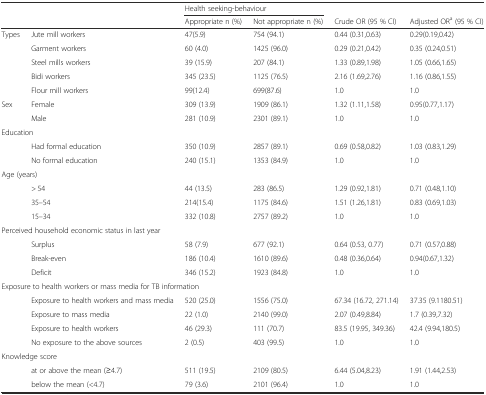
<table><thead><tr><td></td><td></td><td colspan="2"><b>Health seeking-behaviour</b></td><td></td><td></td></tr><tr><td></td><td></td><td><b>Appropriate n (%)</b></td><td><b>Not appropriate n (%)</b></td><td><b>Crude OR (95 % CI)</b></td><td><b>Adjusted OR<sup>a</sup> (95 % CI)</b></td></tr></thead><tbody><tr><td>Types</td><td>Jute mill workers</td><td>47(5.9)</td><td>754 (94.1)</td><td>0.44 (0.31,0.63)</td><td>0.29(0.19,0.42)</td></tr><tr><td></td><td>Garment workers</td><td>60 (4.0)</td><td>1425 (96.0)</td><td>0.29 (0.21,0.42)</td><td>0.35 (0.24,0.51)</td></tr><tr><td></td><td>Steel mills workers</td><td>39 (15.9)</td><td>207 (84.1)</td><td>1.33 (0.89,1.98)</td><td>1.05 (0.66,1.65)</td></tr><tr><td></td><td>Bidi workers</td><td>345 (23.5)</td><td>1125 (76.5)</td><td>2.16 (1.69,2.76)</td><td>1.16 (0.86,1.55)</td></tr><tr><td></td><td>Flour mill workers</td><td>99(12.4)</td><td>699(87.6)</td><td>1.0</td><td>1.0</td></tr><tr><td>Sex</td><td>Female</td><td>309 (13.9)</td><td>1909 (86.1)</td><td>1.32 (1.11,1.58)</td><td>0.95(0.77,1.17)</td></tr><tr><td></td><td>Male</td><td>281 (10.9)</td><td>2301 (89.1)</td><td>1.0</td><td>1.0</td></tr><tr><td colspan="6">Education</td></tr><tr><td></td><td>Had formal education</td><td>350 (10.9)</td><td>2857 (89.1)</td><td>0.69 (0.58,0.82)</td><td>1.03 (0.83,1.29)</td></tr><tr><td></td><td>No formal education</td><td>240 (15.1)</td><td>1353 (84.9)</td><td>1.0</td><td>1.0</td></tr><tr><td colspan="6">Age (years) </td></tr><tr><td></td><td>&gt; 54</td><td>44 (13.5)</td><td>283 (86.5)</td><td>1.29 (0.92,1.81)</td><td>0.71 (0.48,1.10)</td></tr><tr><td></td><td>35–54</td><td>214(15.4)</td><td>1175 (84.6)</td><td>1.51 (1.26,1.81)</td><td>0.83 (0.69,1.03)</td></tr><tr><td></td><td>15–34</td><td>332 (10.8)</td><td>2757 (89.2)</td><td>1.0</td><td>1.0</td></tr><tr><td colspan="6">Perceived household economic status in last year</td></tr><tr><td></td><td>Surplus</td><td>58 (7.9)</td><td>677 (92.1)</td><td>0.64 (0.53, 0.77)</td><td>0.71 (0.57,0.88)</td></tr><tr><td></td><td>Break-even</td><td>186 (10.4)</td><td>1610 (89.6)</td><td>0.48 (0.36,0.64)</td><td>0.94(0.67,1.32)</td></tr><tr><td></td><td>Deficit</td><td>346 (15.2)</td><td>1923 (84.8)</td><td>1.0</td><td>1.0</td></tr><tr><td colspan="6">Exposure to health workers or mass media for TB information</td></tr><tr><td></td><td>Exposure to health workers and mass media</td><td>520 (25.0)</td><td>1556 (75.0)</td><td>67.34 (16.72, 271.14)</td><td>37.35 (9.1180.51)</td></tr><tr><td></td><td>Exposure to mass media</td><td>22 (1.0)</td><td>2140 (99.0)</td><td>2.07 (0.49,8.84)</td><td>1.7 (0.39,7.32)</td></tr><tr><td></td><td>Exposure to health workers</td><td>46 (29.3)</td><td>111 (70.7)</td><td>83.5 (19.95, 349.36)</td><td>42.4 (9.94,180.5)</td></tr><tr><td></td><td>No exposure to the above sources</td><td>2 (0.5)</td><td>403 (99.5)</td><td>1.0</td><td>1.0</td></tr><tr><td colspan="6">Knowledge score</td></tr><tr><td></td><td>at or above the mean (≥4.7)</td><td>511 (19.5)</td><td>2109 (80.5)</td><td>6.44 (5.04,8.23)</td><td>1.91 (1.44,2.53)</td></tr><tr><td></td><td>below the mean (&lt;4.7)</td><td>79 (3.6)</td><td>2101 (96.4)</td><td>1.0</td><td>1.0</td></tr></tbody></table>